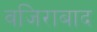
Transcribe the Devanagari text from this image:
वजिराबाद